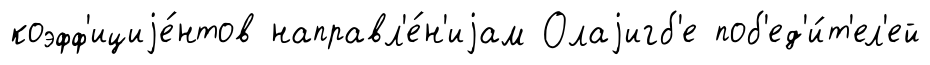
коэфф'ициjе́нтов направл'е́н'иjам Олаjигб'е поб'ед'и́т'ел'ей